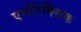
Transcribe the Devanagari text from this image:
एनोरेक्सिक